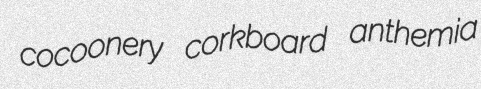
cocoonery corkboard anthemia